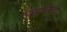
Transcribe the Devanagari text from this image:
एयरबाल्टिकची